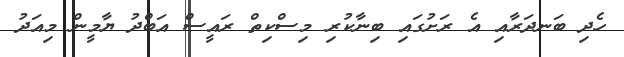
ހެދި ބަނދަރާއި އެ ރަށުގައި ބިނާކުރި މިސްކިތް ރައީސް އަބްދު ޔާމީން މިއަދު